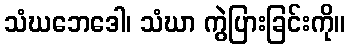
သံဃဘေဒေါ၊ သံဃာ ကွဲပြားခြင်းကို။